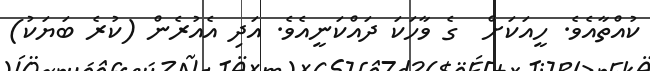
ކުއްތާއެވެ. ހީއަކަށް  ގެ ވާހަކަ ދައްކަނީއެވެ. އަދި އެއުރެން (ކުރެ ބަޔަކު)